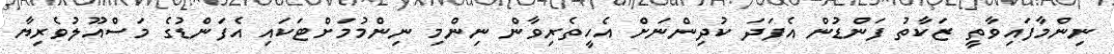
ނިންމާފައިވާތީ ޒަކާތު ފަންޑުން އެފަދަ ކުދިންނަށް އެހީތެރިވާން ނިންމި ނިންމުމަށްޓަކައި އެފަންޑުގެ މަސްއޫލުވެރިޔާ